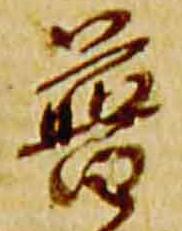
普